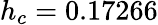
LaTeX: h_{c}=0.17266